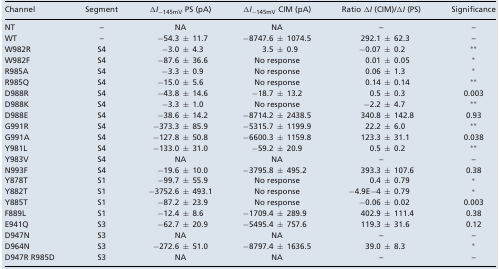
<table><thead><tr><td><b>Channel</b></td><td><b>Segment</b></td><td><b>Δ<i>I</i><sub>−145mV</sub> PS (pA)</b></td><td><b>Δ<i>I</i><sub>−145mV</sub> CIM (pA)</b></td><td><b>Ratio Δ<i>I</i> (CIM)/Δ<i>I</i> (PS)</b></td><td><b>Significance</b></td></tr></thead><tbody><tr><td>NT</td><td>–</td><td>NA</td><td>NA</td><td>–</td><td>–</td></tr><tr><td>WT</td><td>–</td><td>−54.3 ± 11.7</td><td>−8747.6 ± 1074.5</td><td>292.1 ± 62.3</td><td>–</td></tr><tr><td>W982R</td><td>S4</td><td>−3.0 ± 4.3</td><td>3.5 ± 0.9</td><td>−0.07 ± 0.2</td><td>**</td></tr><tr><td>W982F</td><td>S4</td><td>−87.6 ± 36.6</td><td>No response</td><td>0.01 ± 0.05</td><td>*</td></tr><tr><td>R985A</td><td>S4</td><td>−3.3 ± 0.9</td><td>No response</td><td>0.06 ± 1.3</td><td>*</td></tr><tr><td>R985Q</td><td>S4</td><td>−15.0 ± 5.6</td><td>No response</td><td>0.14 ± 0.14</td><td>**</td></tr><tr><td>D988R</td><td>S4</td><td>−43.8 ± 14.6</td><td>−18.7 ± 13.2</td><td>0.5 ± 0.3</td><td>0.003</td></tr><tr><td>D988K</td><td>S4</td><td>−3.3 ± 1.0</td><td>No response</td><td>−2.2 ± 4.7</td><td>**</td></tr><tr><td>D988E</td><td>S4</td><td>−38.6 ± 14.2</td><td>−8714.2 ± 2438.5</td><td>340.8 ± 142.8</td><td>0.93</td></tr><tr><td>G991R</td><td>S4</td><td>−373.3 ± 85.9</td><td>−5315.7 ± 1199.9</td><td>22.2 ± 6.0</td><td>**</td></tr><tr><td>G991A</td><td>S4</td><td>−127.8 ± 50.8</td><td>−6600.3 ± 1159.8</td><td>123.3 ± 31.1</td><td>0.038</td></tr><tr><td>Y981L</td><td>S4</td><td>−133.0 ± 31.0</td><td>−59.2 ± 20.9</td><td>0.5 ± 0.2</td><td>**</td></tr><tr><td>Y983V</td><td>S4</td><td>NA</td><td>NA</td><td>–</td><td>–</td></tr><tr><td>N993F</td><td>S4</td><td>−19.6 ± 10.0</td><td>−3795.8 ± 495.2</td><td>393.3 ± 107.6</td><td>0.38</td></tr><tr><td>Y878T</td><td>S1</td><td>−99.7 ± 55.9</td><td>No response</td><td>0.4 ± 0.79</td><td>*</td></tr><tr><td>Y882T</td><td>S1</td><td>−3752.6 ± 493.1</td><td>No response</td><td>−4.9E−4 ± 0.79</td><td>*</td></tr><tr><td>Y885T</td><td>S1</td><td>−87.2 ± 23.9</td><td>No response</td><td>−0.06 ± 0.02</td><td>0.003</td></tr><tr><td>F889L</td><td>S1</td><td>−12.4 ± 8.6</td><td>−1709.4 ± 289.9</td><td>402.9 ± 111.4</td><td>0.38</td></tr><tr><td>E941Q</td><td>S3</td><td>−62.7 ± 20.9</td><td>−5495.4 ± 757.6</td><td>119.3 ± 31.6</td><td>0.12</td></tr><tr><td>D947N</td><td>S3</td><td>NA</td><td>NA</td><td>–</td><td>–</td></tr><tr><td>D964N</td><td>S3</td><td>−272.6 ± 51.0</td><td>−8797.4 ± 1636.5</td><td>39.0 ± 8.3</td><td>*</td></tr><tr><td>D947R R985D</td><td>S3</td><td>NA</td><td>NA</td><td>–</td><td>–</td></tr></tbody></table>